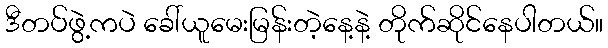
ဒီတပ်ဖွဲ့ကပဲ ခေါ်ယူမေးမြန်းတဲ့နေ့နဲ့ တိုက်ဆိုင်နေပါတယ်။